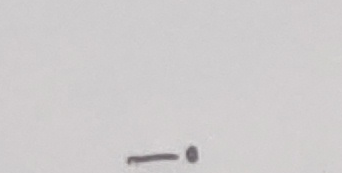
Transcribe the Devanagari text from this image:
-1०